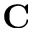
\mathbf { C }